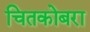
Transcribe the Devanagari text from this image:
चितकोबरा